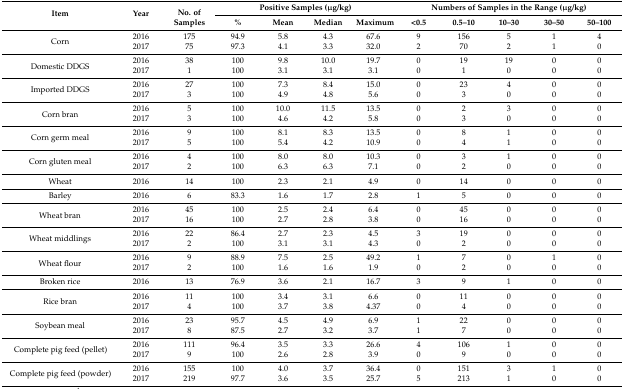
<table><thead><tr><td rowspan="2"><b>Item</b></td><td rowspan="2"><b>Year</b></td><td rowspan="2"><b>No. of Samples</b></td><td colspan="4"><b>Positive Samples (μg/kg)</b></td><td colspan="5"><b>Numbers of Samples in the Range (μg/kg)</b></td></tr><tr><td><b>%</b></td><td><b>Mean</b></td><td><b>Median</b></td><td><b>Maximum</b></td><td><b>&lt;0.5</b></td><td><b>0.5–10</b></td><td><b>10–30</b></td><td><b>30–50</b></td><td><b>50–100</b></td></tr></thead><tbody><tr><td rowspan="2">Corn</td><td>2016</td><td>175</td><td>94.9</td><td>5.8</td><td>4.3</td><td>67.6</td><td>9</td><td>156</td><td>5</td><td>1</td><td>4</td></tr><tr><td>2017</td><td>75</td><td>97.3</td><td>4.1</td><td>3.3</td><td>32.0</td><td>2</td><td>70</td><td>2</td><td>1</td><td>0</td></tr><tr><td rowspan="2">Domestic DDGS</td><td>2016</td><td>38</td><td>100</td><td>9.8</td><td>10.0</td><td>19.7</td><td>0</td><td>19</td><td>19</td><td>0</td><td>0</td></tr><tr><td>2017</td><td>1</td><td>100</td><td>3.1</td><td>3.1</td><td>3.1</td><td>0</td><td>1</td><td>0</td><td>0</td><td>0</td></tr><tr><td rowspan="2">Imported DDGS</td><td>2016</td><td>27</td><td>100</td><td>7.3</td><td>8.4</td><td>15.0</td><td>0</td><td>23</td><td>4</td><td>0</td><td>0</td></tr><tr><td>2017</td><td>3</td><td>100</td><td>4.9</td><td>4.8</td><td>5.6</td><td>0</td><td>3</td><td>0</td><td>0</td><td>0</td></tr><tr><td rowspan="2">Corn bran</td><td>2016</td><td>5</td><td>100</td><td>10.0</td><td>11.5</td><td>13.5</td><td>0</td><td>2</td><td>3</td><td>0</td><td>0</td></tr><tr><td>2017</td><td>3</td><td>100</td><td>4.6</td><td>4.2</td><td>5.8</td><td>0</td><td>3</td><td>0</td><td>0</td><td>0</td></tr><tr><td rowspan="2">Corn germ meal</td><td>2016</td><td>9</td><td>100</td><td>8.1</td><td>8.3</td><td>13.5</td><td>0</td><td>8</td><td>1</td><td>0</td><td>0</td></tr><tr><td>2017</td><td>5</td><td>100</td><td>5.4</td><td>4.2</td><td>10.9</td><td>0</td><td>4</td><td>1</td><td>0</td><td>0</td></tr><tr><td rowspan="2">Corn gluten meal</td><td>2016</td><td>4</td><td>100</td><td>8.0</td><td>8.0</td><td>10.3</td><td>0</td><td>3</td><td>1</td><td>0</td><td>0</td></tr><tr><td>2017</td><td>2</td><td>100</td><td>6.3</td><td>6.3</td><td>7.1</td><td>0</td><td>2</td><td>0</td><td>0</td><td>0</td></tr><tr><td>Wheat</td><td>2016</td><td>14</td><td>100</td><td>2.3</td><td>2.1</td><td>4.9</td><td>0</td><td>14</td><td>0</td><td>0</td><td>0</td></tr><tr><td>Barley</td><td>2016</td><td>6</td><td>83.3</td><td>1.6</td><td>1.7</td><td>2.8</td><td>1</td><td>5</td><td>0</td><td>0</td><td>0</td></tr><tr><td rowspan="2">Wheat bran</td><td>2016</td><td>45</td><td>100</td><td>2.5</td><td>2.4</td><td>6.4</td><td>0</td><td>45</td><td>0</td><td>0</td><td>0</td></tr><tr><td>2017</td><td>16</td><td>100</td><td>2.7</td><td>2.8</td><td>3.8</td><td>0</td><td>16</td><td>0</td><td>0</td><td>0</td></tr><tr><td rowspan="2">Wheat middlings</td><td>2016</td><td>22</td><td>86.4</td><td>2.7</td><td>2.3</td><td>4.5</td><td>3</td><td>19</td><td>0</td><td>0</td><td>0</td></tr><tr><td>2017</td><td>2</td><td>100</td><td>3.1</td><td>3.1</td><td>4.3</td><td>0</td><td>2</td><td>0</td><td>0</td><td>0</td></tr><tr><td rowspan="2">Wheat flour</td><td>2016</td><td>9</td><td>88.9</td><td>7.5</td><td>2.5</td><td>49.2</td><td>1</td><td>7</td><td>0</td><td>1</td><td>0</td></tr><tr><td>2017</td><td>2</td><td>100</td><td>1.6</td><td>1.6</td><td>1.9</td><td>0</td><td>2</td><td>0</td><td>0</td><td>0</td></tr><tr><td>Broken rice</td><td>2016</td><td>13</td><td>76.9</td><td>3.6</td><td>2.1</td><td>16.7</td><td>3</td><td>9</td><td>1</td><td>0</td><td>0</td></tr><tr><td rowspan="2">Rice bran</td><td>2016</td><td>11</td><td>100</td><td>3.4</td><td>3.1</td><td>6.6</td><td>0</td><td>11</td><td>0</td><td>0</td><td>0</td></tr><tr><td>2017</td><td>4</td><td>100</td><td>3.7</td><td>3.8</td><td>4.37</td><td>0</td><td>4</td><td>0</td><td>0</td><td>0</td></tr><tr><td rowspan="2">Soybean meal</td><td>2016</td><td>23</td><td>95.7</td><td>4.5</td><td>4.9</td><td>6.9</td><td>1</td><td>22</td><td>0</td><td>0</td><td>0</td></tr><tr><td>2017</td><td>8</td><td>87.5</td><td>2.7</td><td>3.2</td><td>3.7</td><td>1</td><td>7</td><td>0</td><td>0</td><td>0</td></tr><tr><td rowspan="2">Complete pig feed (pellet)</td><td>2016</td><td>111</td><td>96.4</td><td>3.5</td><td>3.3</td><td>26.6</td><td>4</td><td>106</td><td>1</td><td>0</td><td>0</td></tr><tr><td>2017</td><td>9</td><td>100</td><td>2.6</td><td>2.8</td><td>3.9</td><td>0</td><td>9</td><td>0</td><td>0</td><td>0</td></tr><tr><td rowspan="2">Complete pig feed (powder)</td><td>2016</td><td>155</td><td>100</td><td>4.0</td><td>3.7</td><td>36.4</td><td>0</td><td>151</td><td>3</td><td>1</td><td>0</td></tr><tr><td>2017</td><td>219</td><td>97.7</td><td>3.6</td><td>3.5</td><td>25.7</td><td>5</td><td>213</td><td>1</td><td>0</td><td>0</td></tr></tbody></table>